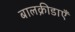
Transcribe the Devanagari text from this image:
बालक्रीडाएँ